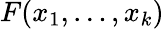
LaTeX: F(x_{1},\dots,x_{k})